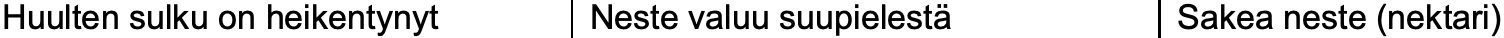
Huulten sulku on heikentynyt Neste valuu suupielestä Sakea neste (nektari)